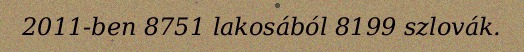
2011-ben 8751 lakosából 8199 szlovák.